NAE_ERA_R-1992_EV_Ehitusministeerium, lk 21
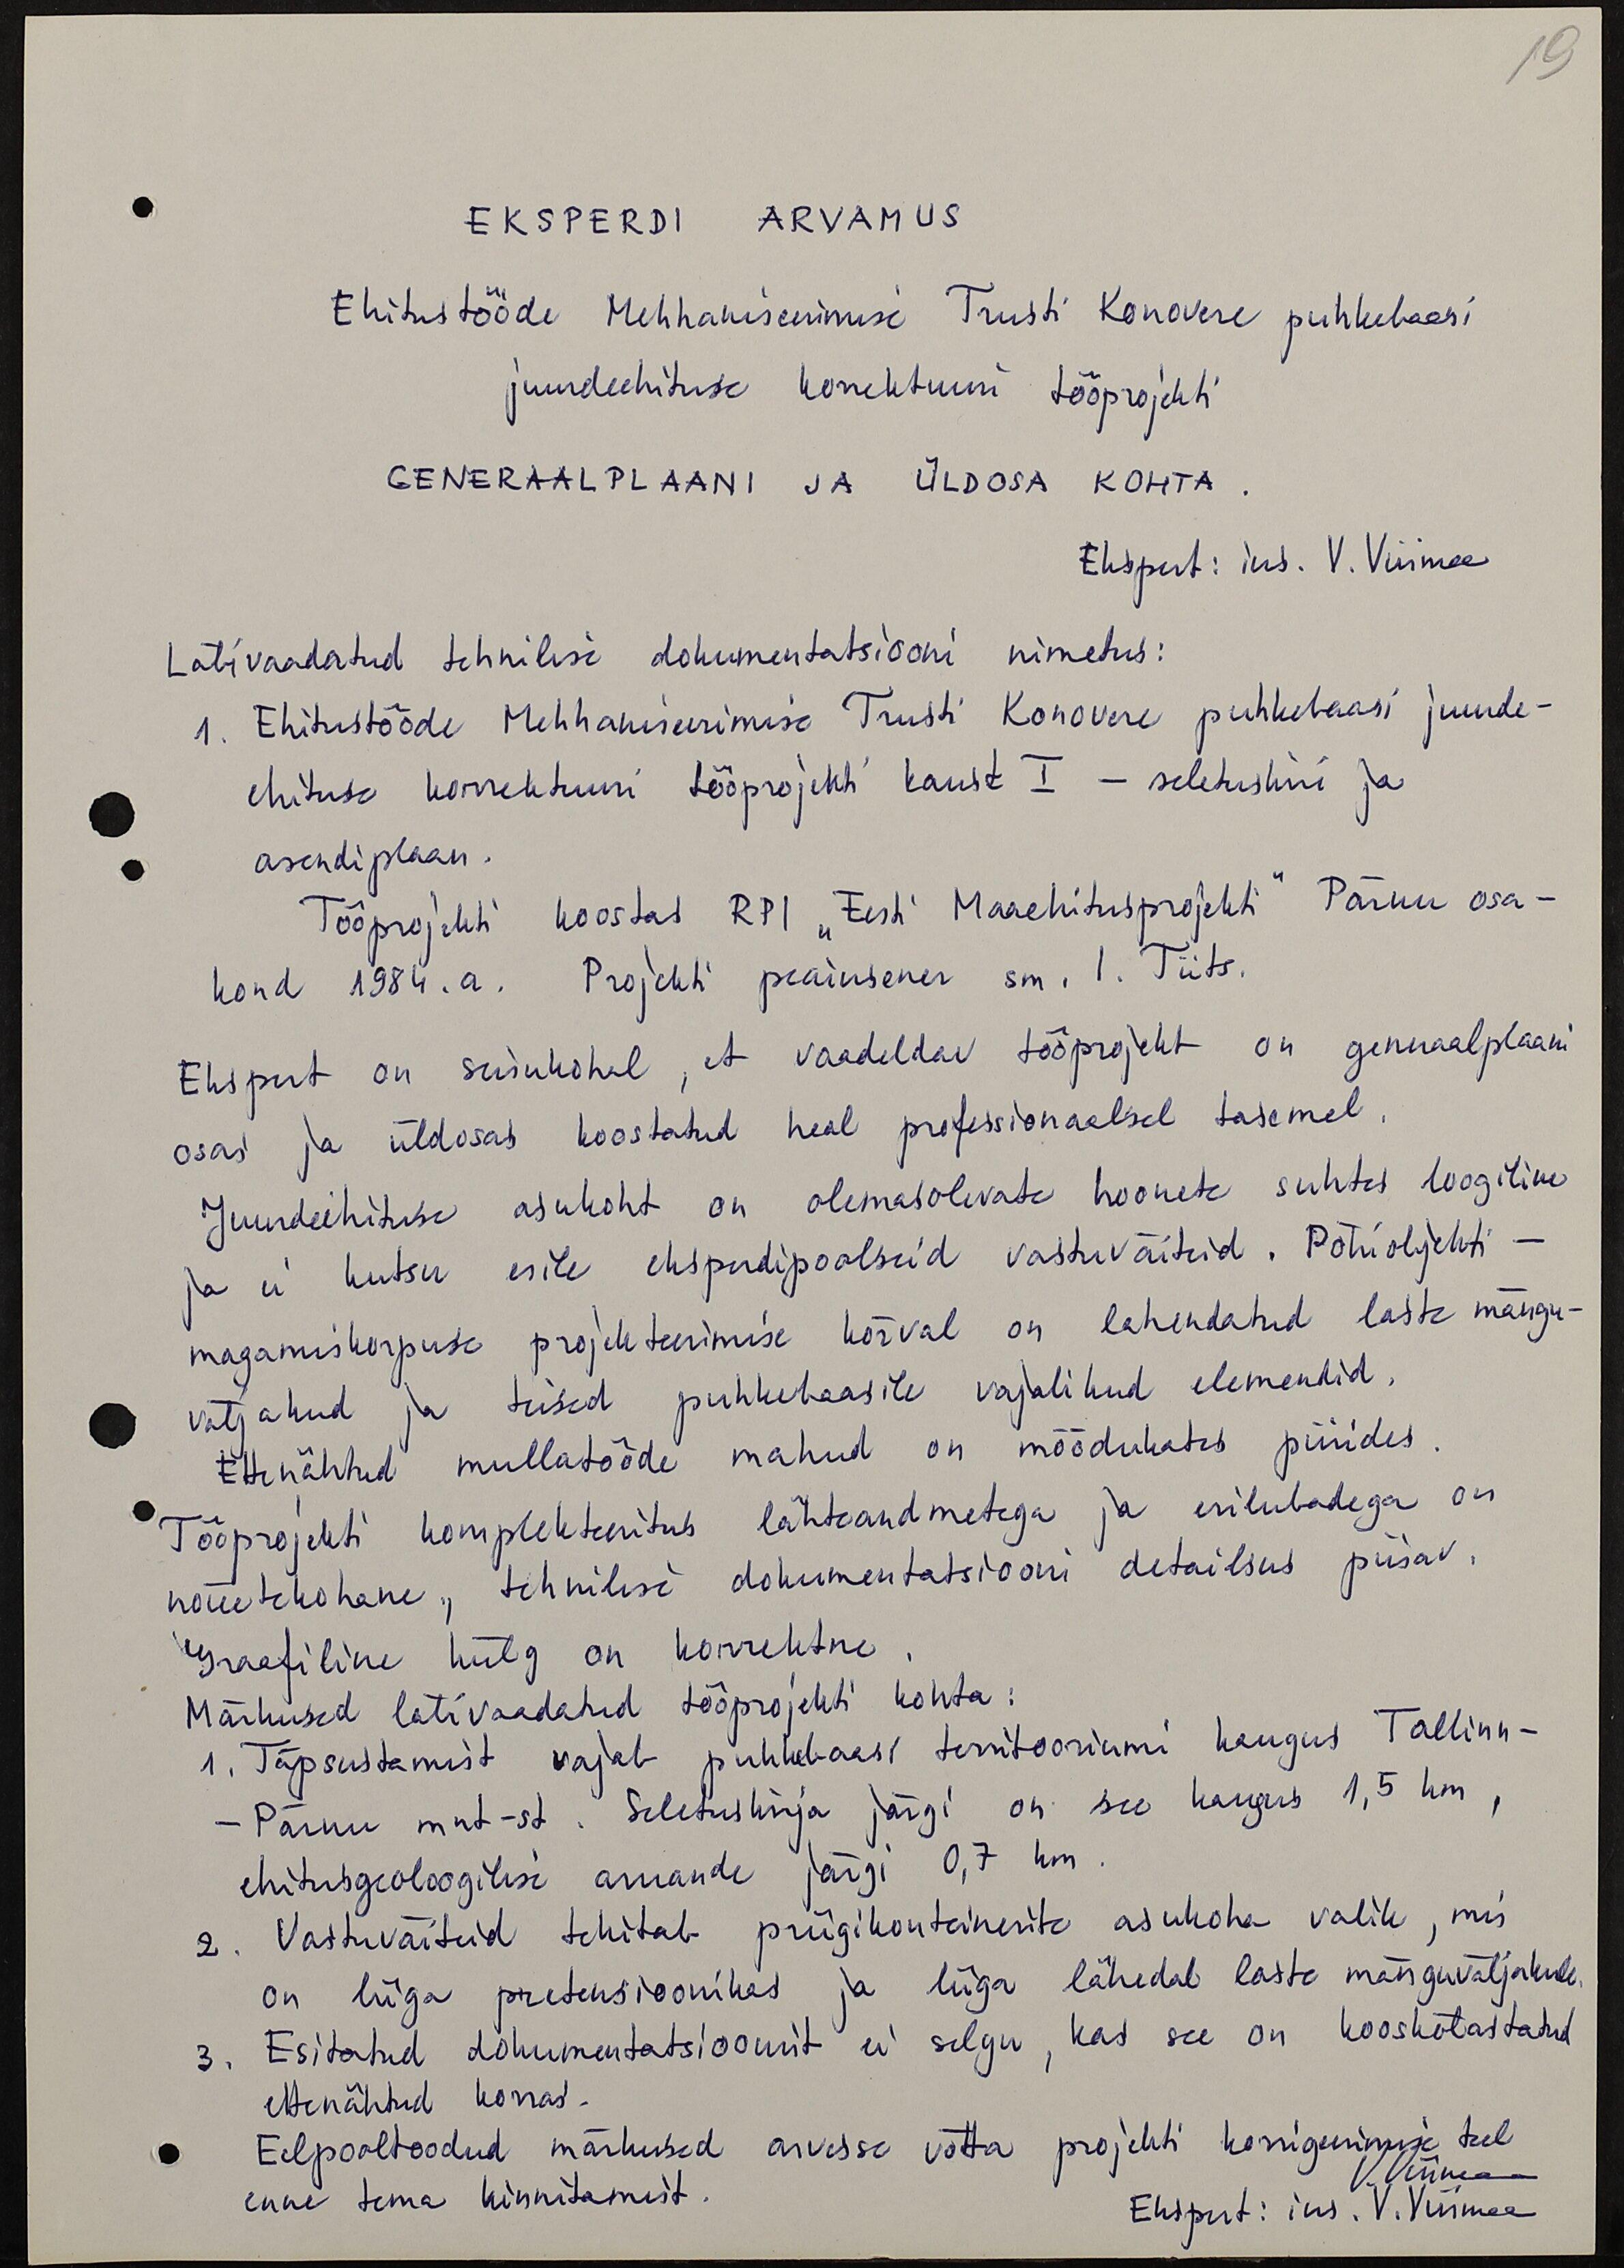
19

EKSPERDI ARVAMUS
Ehitustööde Mehhaniseerimise Trusti Konovere puhkebaasi
juurdeehituse korrektuuri tööprojekti
GENERAALPLAANI JA ÜLDOSA KOHTA.
Ekspert: ins. V. Viirmaa
Läbivaadatud tehnilise dokumentatsiooni nimetus:
1. Ehitustööde Mehhaniseerimise Trusti Konovere puhkebaasi juurde-
ehituse korrektuuri tööprojekti kaust I - seletuskiri ja
asendiplaan.
Tööprojekti koostas RPI "Eesti" Maaehitusprojekti" Pärnu osa-
kond 1984.a. Projekti peainsener sm. I. Tiits.
Ekspert on seisukohal, et vaadeldav tööprojekt on generaalplaani
osas ja üldosas koostatud heal professionaalsel tasemel
Juurdeehituse asukoht on olemasolevate hoonete suhtes loogiline
ja ei kutsu esile eksperdipoolseid vastuväiteid. Põhiobjekti-
magamiskorpuse projekteerimise kõrval on lahendatud laste mängu-
väljakud ja teised puhkebaasile vajalikud elemendid.
Ettenähtud mullatööde mahud on mõõdukates piirides
Tööprojekti komplekteeritus lähteandmetega ja erilubadega on
nõuetekohane "tehnilise" dokumentatsiooni detailsus piisav.
Graafiline külg on korrektne
Märkused läbivaadatud tööprojekti kohta:
1. Täpsustamist vajab puhkebaasi territooriumi kaugus Tallinn-
Pärnu mnt-st. Seletuskirja järgi on see kaugus 1,5 km,
ehitusgeoloogilise aruande järgi 0,7 km.
2. Vastuväiteid tekitab prügikonteinerite asukoha valik, mis
on liiga pretensioonikas ja liiga lähedal laste mänguväljakule
3. Esitatud dokumentatsioonist ei selgu, kas see on kooskõlastatud
ettenähtud korras.
Eelpooltoodud märkused arvesse võtta projekti korrigeerimise teel
enne tema kinnitamist.
V. Viirmaa
Ekspert: ins. V. Viirmaa